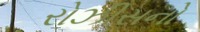
રોઝીસનો